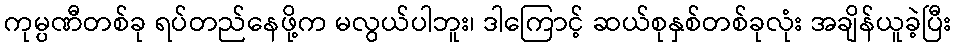
ကုမ္ပဏီတစ်ခု ရပ်တည်နေဖို့က မလွယ်ပါဘူး၊ ဒါကြောင့် ဆယ်စုနှစ်တစ်ခုလုံး အချိန်ယူခဲ့ပြီး